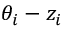
\theta _ { i } - z _ { i }